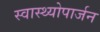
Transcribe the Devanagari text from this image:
स्वास्थ्योपार्जन